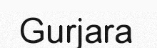
Gurjara